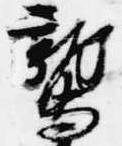
鷲